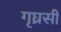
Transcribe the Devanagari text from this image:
गृघ्रसी